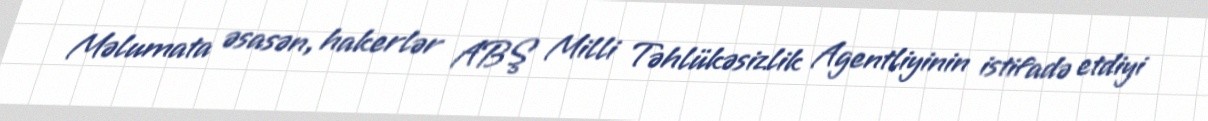
Məlumata əsasən, hakerlər ABŞ Milli Təhlükəsizlik Agentliyinin istifadə etdiyi